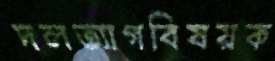
দলত্যাগবিষয়ক